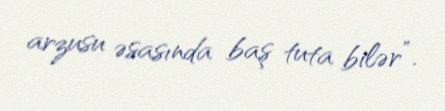
arzusu əsasında baş tuta bilər”.